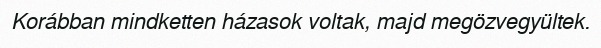
Korábban mindketten házasok voltak, majd megözvegyültek.